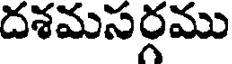
దశమసర్గము